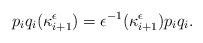
LaTeX: \begin{align*}p_i q_i (\kappa_{i+1}^{\epsilon}) = \epsilon^{-1} (\kappa_{i+1}^{\epsilon}) p_i q_i.\end{align*}